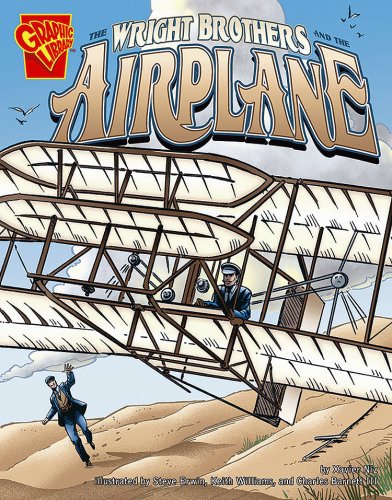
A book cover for The Wright Brothers and the Airplane (Inventions and Discovery); Xavier W. Niz; Children's Books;